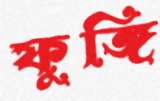
ফুঙ্গি